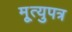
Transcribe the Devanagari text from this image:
मृ्त्युपत्र